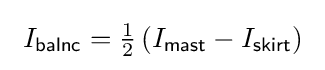
\ I_{\mathsf {balnc}}={\tfrac {1}{2}}\left(I_{\mathsf {mast}}-I_{\mathsf {skirt}}\right)\